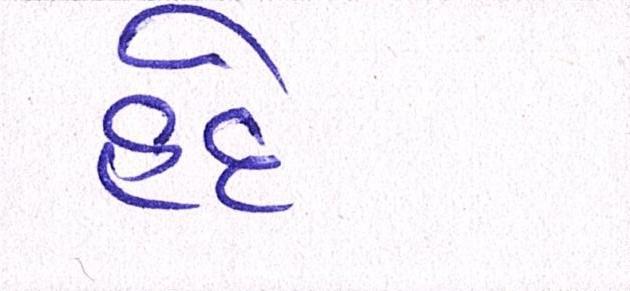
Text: હદે